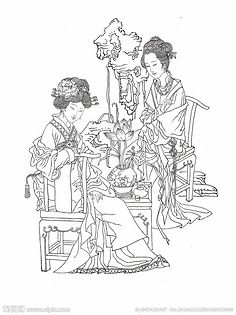
君莫舞，君不见玉环飞燕皆尘土！